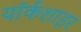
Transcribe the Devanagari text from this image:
यॉर्कशाइर